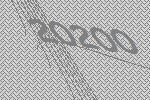
20200